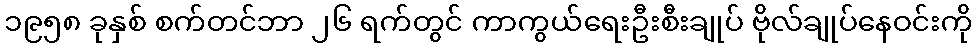
၁၉၅၈ ခုနှစ် စက်တင်ဘာ ၂၆ ရက်တွင် ကာကွယ်ရေးဦးစီးချုပ် ဗိုလ်ချုပ်နေဝင်းကို